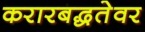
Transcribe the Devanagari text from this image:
करारबद्धतेवर